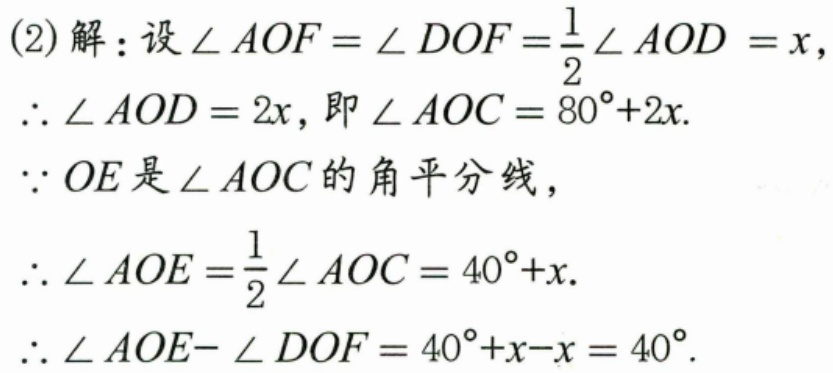
(2)解：设\(\angle AOF = \angle DOF=\frac{1}{2}\angle AOD = x\)，
\(\therefore \angle AOD = 2x\)，即\(\angle AOC = 80^{\circ}+2x\).
\(\because OE\)是\(\angle AOC\)的角平分线，
\(\therefore \angle AOE=\frac{1}{2}\angle AOC = 40^{\circ}+x\).
\(\therefore \angle AOE - \angle DOF = 40^{\circ}+x - x = 40^{\circ}\).